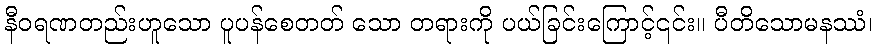
နီဝရဏတည်းဟူသော ပူပန်စေတတ် သော တရားကို ပယ်ခြင်းကြောင့်၎င်း။ ပီတိသောမနဿံ၊